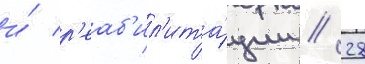
и́ р'еаб'ил'ита́ции / 28